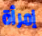
إمرأة